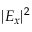
| E _ { x } | ^ { 2 }